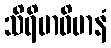
သိရိမာဝိမာနံ